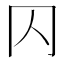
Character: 𠔿